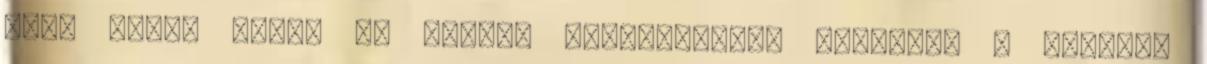
hogy ennek révén is jobban hasonlítsunk Jézushoz – úgyhogy